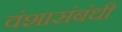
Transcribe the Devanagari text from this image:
वंशासंबंधी